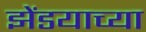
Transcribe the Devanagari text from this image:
झेंडयाच्या